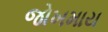
જોખમાય